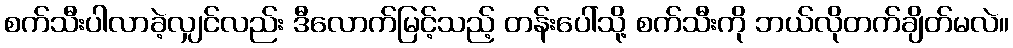
စက်သီးပါလာခဲ့လျှင်လည်း ဒီလောက်မြင့်သည့် တန်းပေါ်သို့ စက်သီးကို ဘယ်လိုတက်ချိတ်မလဲ။